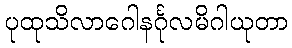
ပုထုသိလာဂေါနင်္ဂုလမိဂါယုတာ